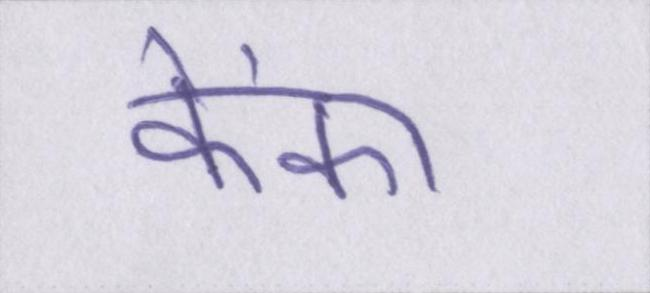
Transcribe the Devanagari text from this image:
फेंका